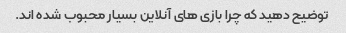
توضیح دهید که چرا بازی های آنلاین بسیار محبوب شده اند.